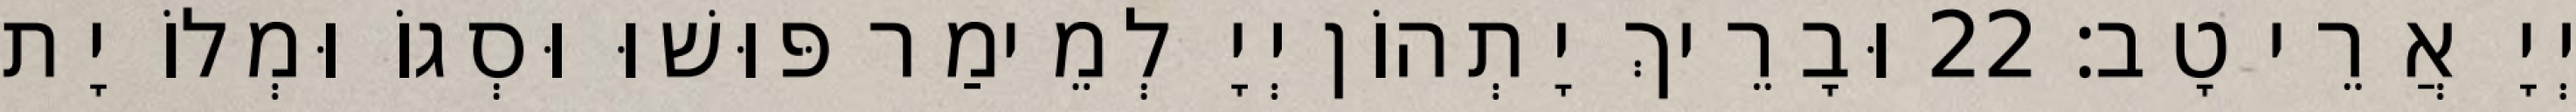
יְיָ אֲרֵי טָב׃ 22 וּבָרֵיךְ יָתְהוֹן יְיָ לְמֵימַר פּוּשׁוּ וּסְגוֹ וּמְלוֹ יָת